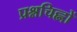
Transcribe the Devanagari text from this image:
प्रश्नचिह्नों